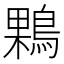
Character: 𪂠